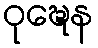
ဝုဍ္ဎေန